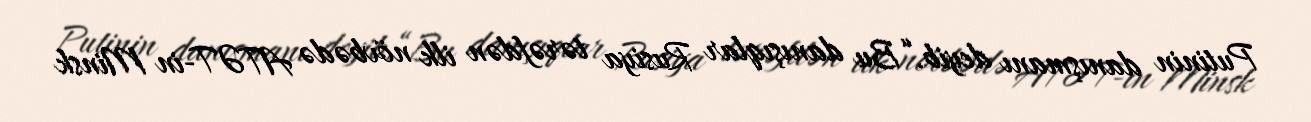
Putinin danışmanı deyib.“Bu danışıqlar Rusiya tərəfdən ilk növbədə ATƏT-in Minsk